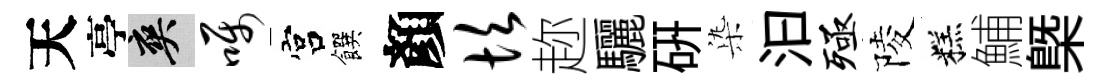
天亭爽嘱宫饌顏坎趂驪研𣑱汩殛陵糕鯆槩